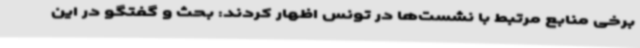
برخی منابع مرتبط با نشست‌ها در تونس اظهار کردند: بحث و گفتگو در این